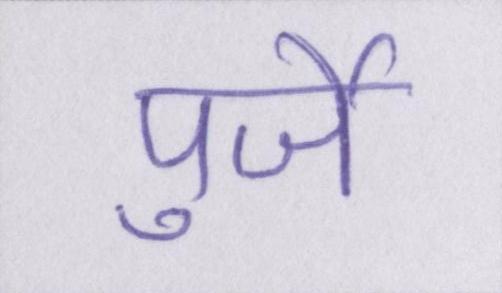
पुर्जे